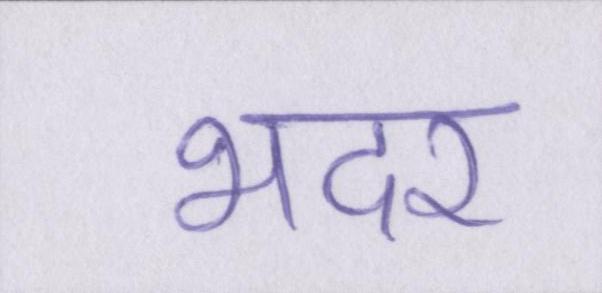
भदर